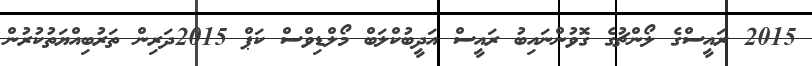
2015 ރައީސްގެ ލޯންޗުގެ ގޮވުންނައިބު ރައީސް އަދީބުކްލަބް މޯލްޑިވްސް ކަޕް 2015ދަރިން ތަރުބިއްޔަތުކުރުން